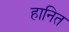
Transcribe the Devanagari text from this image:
हानित